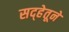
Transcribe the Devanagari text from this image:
सद्हेतूने